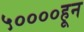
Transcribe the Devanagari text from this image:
५००००हून